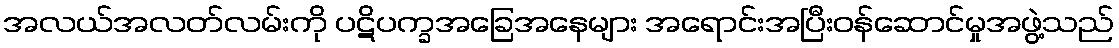
အလယ်အလတ်လမ်းကို ပဋိပက္ခအခြေအနေများ အရောင်းအပြီးဝန်ဆောင်မှုအဖွဲ့သည်